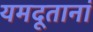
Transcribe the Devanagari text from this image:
यमदूतानां